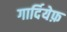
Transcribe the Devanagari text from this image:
गार्दियेफ़